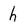
Character: h